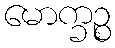
မောက္ခဉ္စ